Vaccination in Bombay 1856-1862 - 1856-1862
Year: 1856
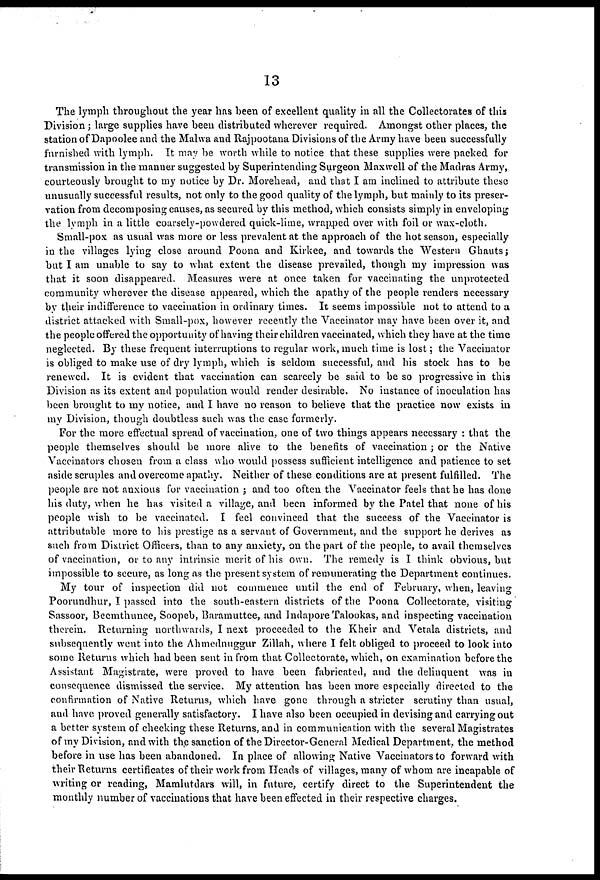
13
The lymph throughout the year has been of excellent quality in all the Collectorates of this
Division; large supplies have been distributed wherever required. Amongst other places, the
station of Dapoolee and the Malwa and Rajpootana Divisions of the Army have been successfully
furnished with lymph. It may be worth while to notice that these supplies were packed for
transmission in the manner suggested by Superintending Surgeon Maxwell of the Madras Army,
courteously brought to my notice by Dr. Morehead, and that I am inclined to attribute these
unusually successful results, not only to the good quality of the lymph, but mainly to its preser-
vation from decomposing causes, as secured by this method, which consists simply in enveloping
the lymph in a little coarsely-powdered quick-lime, wrapped over with foil or wax-cloth.
Small-pox as usual was more or less prevalent at the approach of the hot season, especially
in the villages lying close around Poona and Kirkee, and towards the Western Ghauts;
but I am unable to say to what extent the disease prevailed, though my impression was
that it soon disappeared. Measures were at once taken for vaccinating the unprotected
community wherever the disease appeared, which the apathy of the people renders necessary
by their indifference to vaccination in ordinary times. It seems impossible not to attend to a
district attacked with Small-pox, however recently the Vaccinator may have been over it, and
the people offered the opportunity of having their children vaccinated, which they have at the time
neglected. By these frequent interruptions to regular work, much time is lost; the Vaccinator
is obliged to make use of dry lymph, which is seldom successful, and his stock has to be
renewed. It is evident that vaccination can scarcely be said to be so progressive in this
Division as its extent and population would render desirable. No instance of inoculation has
been brought to my notice, and I have no reason to believe that the practice now exists in
my Division, though doubtless such was the case formerly.
For the more effectual spread of vaccination, one of two things appears necessary : that the
people themselves should be more alive to the benefits of vaccination ; or the Native
Vaccinators chosen from a class who would possess sufficient intelligence and patience to set
aside scruples and overcome apathy. Neither of these conditions are at present fulfilled. The
people are not anxious for vaccination ; and too often the Vaccinator feels that he has done
his duty, when he has visited a village, and been informed by the Patel that none of his
people wish to be vaccinated. I feel convinced that the success of the Vaccinator is
attributable more to his prestige as a servant of Government, and the support he derives as
such from District Officers, than to any anxiety, on the part of the people, to avail themselves
of vaccination, or to any intrinsic merit of his own. The remedy is I think obvious, but
impossible to secure, as long as the present system of remunerating the Department continues.
My tour of inspection did not commence until the end of February, when, leaving
Poorundhur, I passed into the south-eastern districts of the Poona Collectorate, visiting
Sassoor, Beemthunee, Soopeb, Baramuttee, and Indapore Talookas, and inspecting vaccination
therein. Returning northwards, I next proceeded to the Kheir and Vetala districts, and
subsequently went into the Ahmednuggur Zillah, where I felt obliged to proceed to look into
some Returns which had been sent in from that Collectorate, which, on examination before the
Assistant Magistrate, were proved to have been fabricated, and the delinquent was in
consequence dismissed the service. My attention has been more especially directed to the
confirmation of Native Returns, which have gone through a stricter scrutiny than usual,
and have, proved generally satisfactory. I have also been occupied in devising and carrying out
a better system of checking these Returns, and in communication with the several Magistrates
of my Division, and with the sanction of the Director-General Medical Department, the method
before in use has been abandoned. In place of allowing Native Vaccinators to forward with
their Returns certificates of their work from Heads of villages, many of whom are incapable of
writing or reading, Mamlutdars will, in future, certify direct to the Superintendent the
monthly number of vaccinations that have been effected in their respective charges.